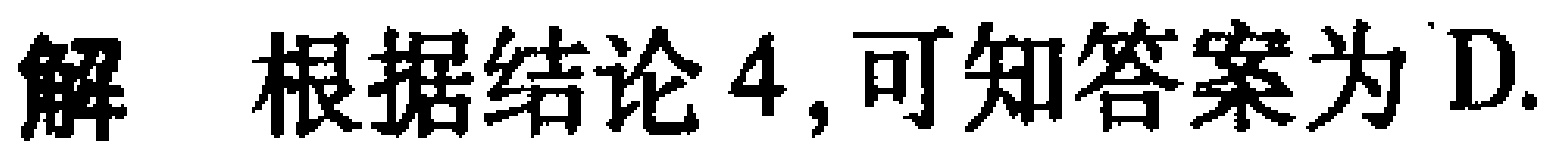
解 根据结论4,可知答案为D.